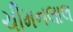
ચીમનલાલ